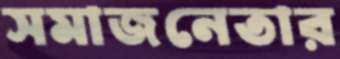
সমাজনেতার